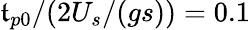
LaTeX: \mathfrak{t}_{p0}/(2U_{s}/(gs))=0.1